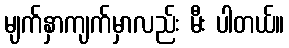
မျက်နှာကျက်မှာလည်း မီး ပါတယ်။